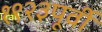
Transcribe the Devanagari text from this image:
१९२३पूर्वी